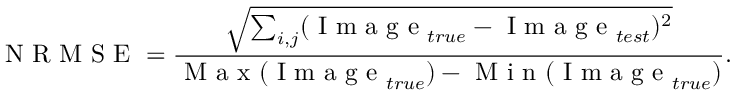
\mathrm { ~ N ~ R ~ M ~ S ~ E ~ } = \frac { \sqrt { \sum _ { i , j } ( \mathrm { ~ I ~ m ~ a ~ g ~ e ~ } _ { t r u e } - \mathrm { ~ I ~ m ~ a ~ g ~ e ~ } _ { t e s t } ) ^ { 2 } } } { \mathrm { ~ M ~ a ~ x ~ } ( \mathrm { ~ I ~ m ~ a ~ g ~ e ~ } _ { t r u e } ) - \mathrm { ~ M ~ i ~ n ~ } ( \mathrm { ~ I ~ m ~ a ~ g ~ e ~ } _ { t r u e } ) } .